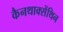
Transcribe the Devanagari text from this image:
कैनथाक्सेंथिन